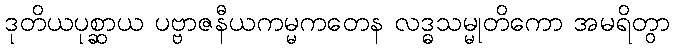
ဒုတိယပုစ္ဆာယ ပဗ္ဗာဇနီယကမ္မကတေန လဒ္ဓသမ္မုတိကော အမရိတွာ